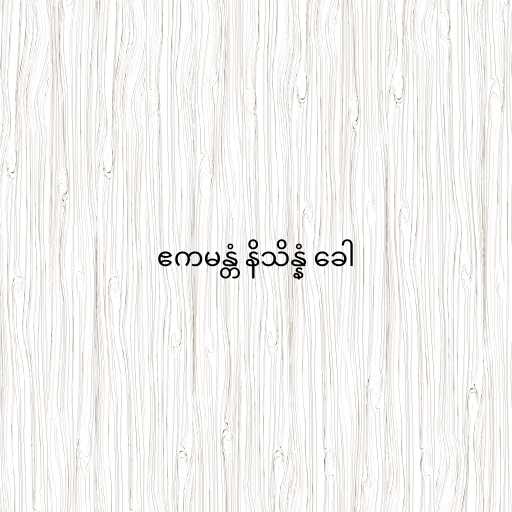
ဧကမန္တံ နိသိန္နံ ခေါ